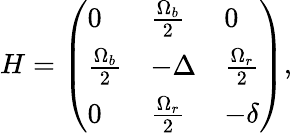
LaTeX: H=\left(\begin{array}{lll}{0}&{\frac{\Omega_{b}}{2}}&{0}\\ {\frac{\Omega_{b}}{2}}&{-\Delta}&{\frac{\Omega_{r}}{2}}\\ {0}&{\frac{\Omega_{r}}{2}}&{-\delta}\end{array}\right),